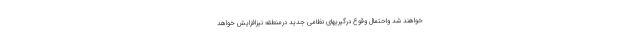
خواهند شد واحتمال وقوع درگیریهای نظامی جدید درمنطقه نیزافزایش خواهد